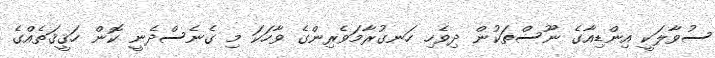
ސުވާލަކީ އިންޑިއާގެ ނޫސްތަކުން ދިވެހި ހަނގުރާމަވެރިންގެ ވާހަކަ މި ގެނެސްދެނީ ކޮން ހަޤީޤަތެއްގެ